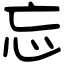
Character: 忘